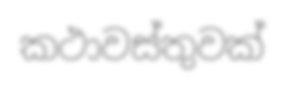
කථාවස්තුවක්